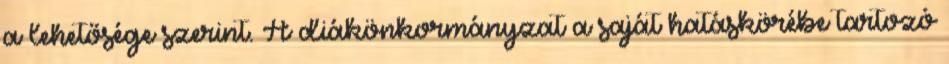
a lehetősége szerint. A diákönkormányzat a saját hatáskörébe tartozó